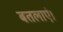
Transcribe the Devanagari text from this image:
बतलाएं।